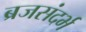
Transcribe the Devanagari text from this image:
ब्रजसंदर्भ